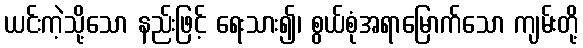
ယင်းကဲ့သို့သော နည်းဖြင့် ရေးသား၍၊ စွယ်စုံအရာမြောက်သော ကျမ်းတို့